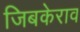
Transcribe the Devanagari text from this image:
जिबकेराव